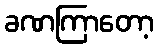
ခဏကြာတော့